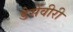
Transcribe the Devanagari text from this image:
डेसेंवीरी